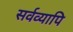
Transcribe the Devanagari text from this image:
सर्वव्यापि